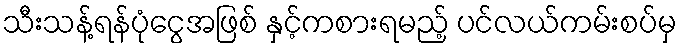
သီးသန့်ရန်ပုံငွေအဖြစ် နှင့်ကစားရမည့် ပင်လယ်ကမ်းစပ်မှ